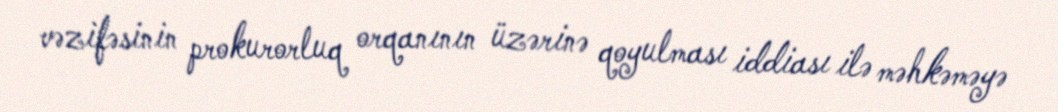
vəzifəsinin prokurorluq orqanının üzərinə qoyulması iddiası ilə məhkəməyə